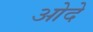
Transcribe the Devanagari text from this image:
ओदे